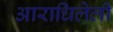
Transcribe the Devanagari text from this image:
आराधिलेली